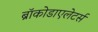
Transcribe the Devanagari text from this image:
ब्रॉकोडाएलेटर्स